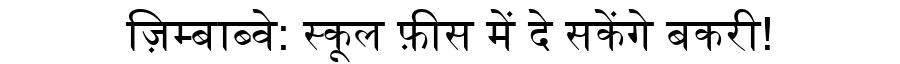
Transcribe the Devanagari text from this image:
ज़िम्बाब्वे: स्कूल फ़ीस में दे सकेंगे बकरी!